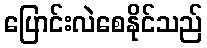
ပြောင်းလဲစေနိုင်သည်